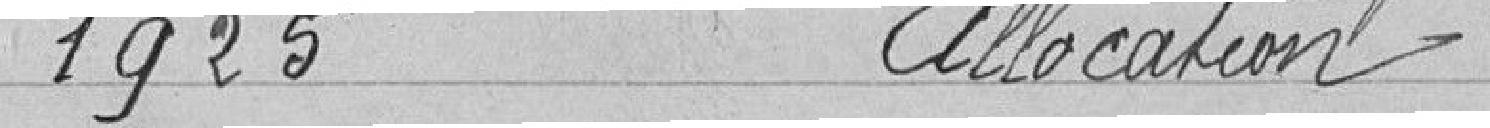
1925                 Allocation